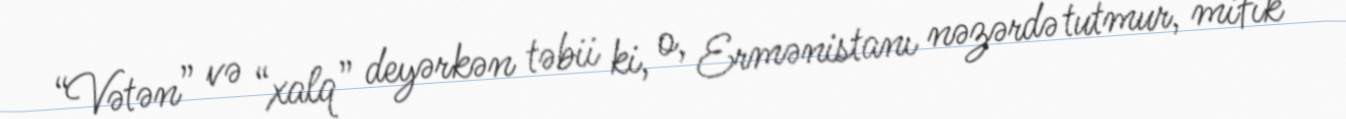
“Vətən” və “xalq” deyərkən təbii ki, o, Ermənistanı nəzərdə tutmur, mifik